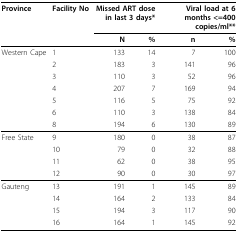
<table><thead><tr><td><b>Province</b></td><td><b>Facility No</b></td><td colspan="2"><b>Missed ART dose in last 3 days*</b></td><td colspan="2"><b>Viral load at 6 months &lt;=400 copies/ml**</b></td></tr><tr><td></td><td></td><td><b>N</b></td><td><b>%</b></td><td><b>n</b></td><td><b>%</b></td></tr></thead><tbody><tr><td>Western Cape</td><td>1</td><td>133</td><td>14</td><td>7</td><td>100</td></tr><tr><td></td><td>2</td><td>183</td><td>3</td><td>141</td><td>96</td></tr><tr><td></td><td>3</td><td>110</td><td>3</td><td>52</td><td>96</td></tr><tr><td></td><td>4</td><td>207</td><td>7</td><td>169</td><td>94</td></tr><tr><td></td><td>5</td><td>116</td><td>5</td><td>75</td><td>92</td></tr><tr><td></td><td>6</td><td>110</td><td>3</td><td>138</td><td>84</td></tr><tr><td></td><td>8</td><td>194</td><td>6</td><td>130</td><td>89</td></tr><tr><td>Free State</td><td>9</td><td>180 </td><td>0</td><td>38</td><td>87</td></tr><tr><td></td><td>10</td><td>79</td><td>0</td><td>32</td><td>88</td></tr><tr><td></td><td>11</td><td>62</td><td>0</td><td>38</td><td>95</td></tr><tr><td></td><td>12</td><td>90</td><td>0</td><td>30</td><td>97</td></tr><tr><td>Gauteng</td><td>13</td><td>191</td><td>1</td><td>145</td><td>89</td></tr><tr><td></td><td>14</td><td>164</td><td>2</td><td>133</td><td>84</td></tr><tr><td></td><td>15</td><td>194</td><td>3</td><td>117</td><td>90</td></tr><tr><td></td><td>16</td><td>164</td><td>1</td><td>145</td><td>92</td></tr></tbody></table>